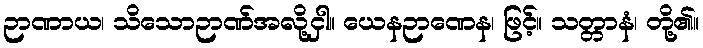
ဉာဏာယ၊ သိသောဉာဏ်အလို့ငှါ။ ယေနဉာဏေန၊ ဖြင့်။ သတ္တာနံ၊ တို့၏။